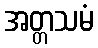
အတ္တသမံ